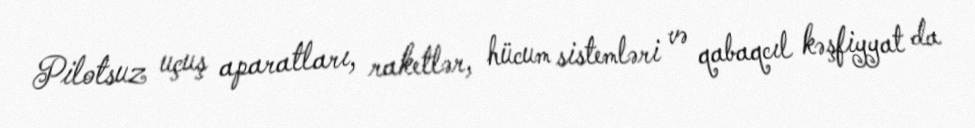
Pilotsuz uçuş aparatları, raketlər, hücum sistemləri və qabaqcıl kəşfiyyat da